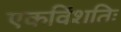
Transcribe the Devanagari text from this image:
एकविंशतिः